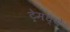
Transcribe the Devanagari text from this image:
ट्रेमध्ये